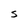
Character: S